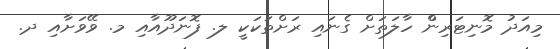
މިއަދު މޮނިޓަރިންް ހާލަތަށް ގެނައި ރަށްތަކަކީ ލ. ފޮނަދޫއާއި މ. ވޭވަށާއި ދ.